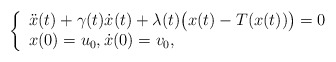
\begin{align*}\left\{\begin{array}{ll}\ddot x(t) + \gamma(t) \dot x(t) + \lambda(t)\big(x(t)-T(x(t))\big)=0\\x(0)=u_0, \dot x(0)=v_0,\end{array}\right.\end{align*}